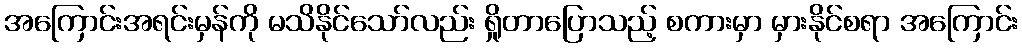
အကြောင်းအရင်းမှန်ကို မသိနိုင်သော်လည်း ရှိုတာပြောသည့် စကားမှာ မှားနိုင်စရာ အကြောင်း